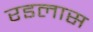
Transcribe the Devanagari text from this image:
रडलास